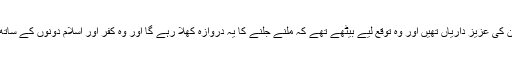
قریش میں گھر گھر ان کی عزیز داریاں تھیں اور وہ توقع لیے بیٹھے تھے کہ ملنے جلنے کا یہ دروازہ کھلا رہے گا اور وہ کفر اور اسلام دونوں کے ساتھ نباہ کرتے رہیں گے۔